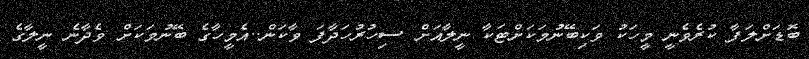
ބޮޑަށްލަފާ ކުރެވެނީ މީހަކު ވަކިބޭނުމަކަށްޓަކާ ނީލާއަށް ސިހުރުހަދާފަ ވާކަން..އެމީހާގެ ބޭނުމަކަށް ވެދާނެ ނީލާގެ